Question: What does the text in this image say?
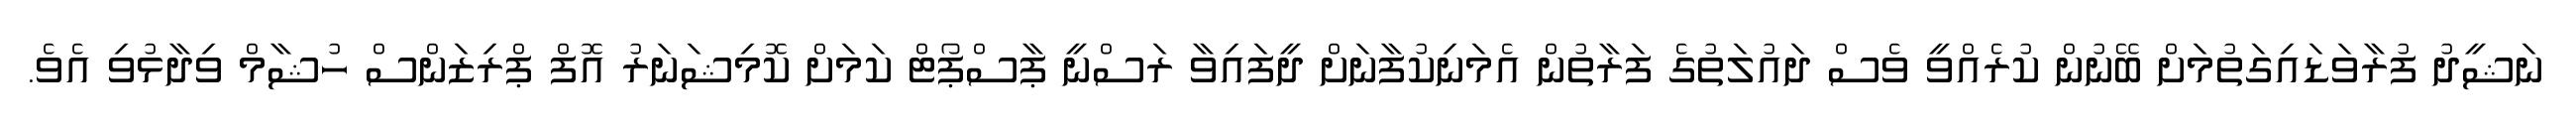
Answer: ނަޝީދު ފުރާވަޑައިގަތުމަށް ބޭނުން ކުރެއްވީ ވެސް ދައުލަތުގެ ފަރާތުން އެމަނިކުފާނަށް ދީފައިވާ ރަސްނީ ޕާސްޕޯޓް ކަމަށް ކޮމިޝަނަރު އޮފް ޕްރިޒަންސް ހުޝާމް ވިދާޅުވި އެވެ.